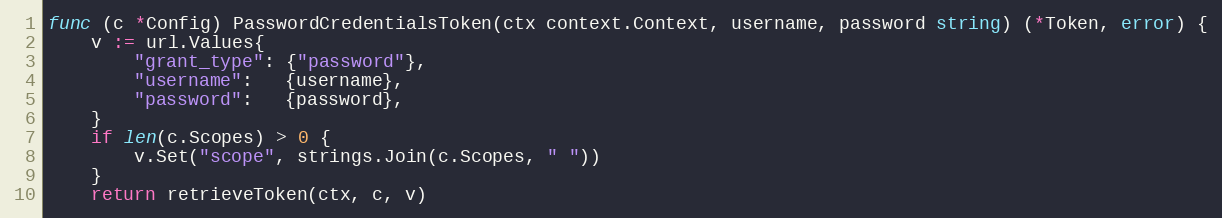
Language: Go
func (c *Config) PasswordCredentialsToken(ctx context.Context, username, password string) (*Token, error) {
	v := url.Values{
		"grant_type": {"password"},
		"username":   {username},
		"password":   {password},
	}
	if len(c.Scopes) > 0 {
		v.Set("scope", strings.Join(c.Scopes, " "))
	}
	return retrieveToken(ctx, c, v)